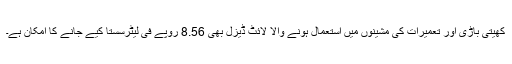
کھیتی باڑی اور تعمیرات کی مشینوں میں استعمال ہونے والا لائٹ ڈیزل بھی 8.56 روپے فی لیٹرسستا کیے جانے کا امکان ہے۔